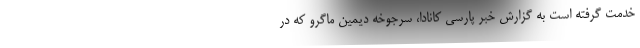
خدمت گرفته است به گزارش خبر پارسی کانادا، سرجوخه دیمین ماگرو که در